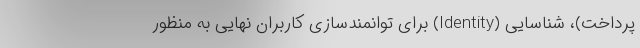
پرداخت)، شناسایی (Identity) برای توانمندسازی کاربران نهایی به منظور